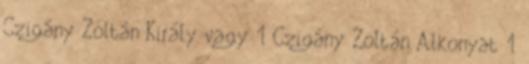
Czigány Zoltán Király vagy 1 Czigány Zoltán Alkonyat 1